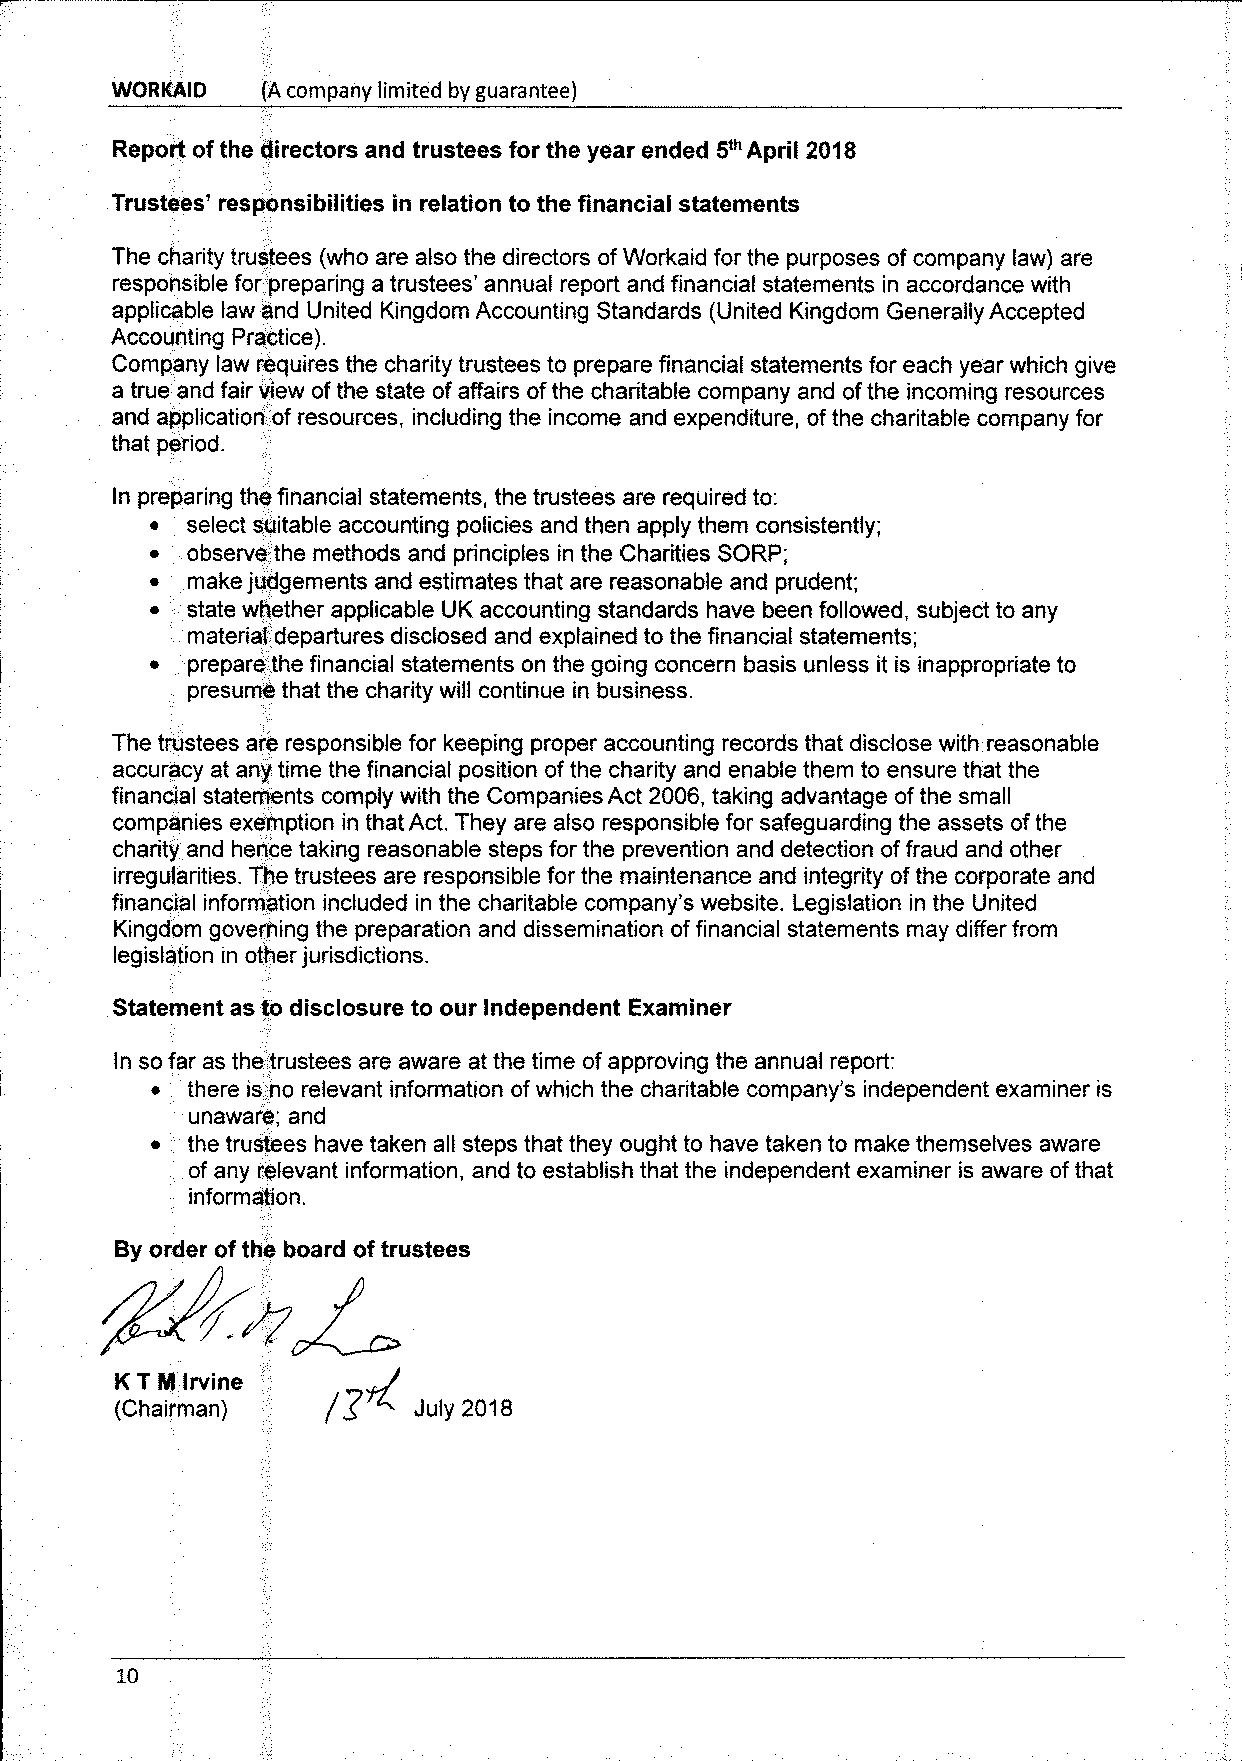
NORKAID   (A company limited by guarantee)
 Report ofthe directors and trustees for the year ended 5'" April 2018
 Trustees' responsibilities in relation to the financial statements
 The charity trustees (who are also the directors ofWorkaid for the purposes ofcompany law) are
 responsible for preparing a trustees' annual report and financial statements in accordance with
 applicable law and United Kingdom Accounting Standards (United Kingdom Generally Accepted
 Accounting Practice).
 Company law requires the charity trustees to prepare financial statements for each year which give
 a true and fair view ofthe state ofaffairs ofthe charitable company and ofthe incoming resources
 and application of resources, including the income and expenditure, ofthe charitable company for
 that period.
 In preparing the financial statements, the trustees are required to:
 select suitable accounting policies and then apply them consistently;
 ~ observe the methods and principles in the Charities SORP;
 make judgements and estimates that are reasonable and prudent;
 ~ state whether applicable UK accounting standards have been followed, subject to any
 material departures disclosed and explained to the financial statements;
 ~ prepare the financial statements on the going concern basis unless it is inappropriate to
 presume that the charity will continue in business.
 The trustees are responsible for keeping proper accounting records that disclose with reasonable
 accuracy at any time the financial position ofthe charity and enable them to ensure that the
 financial statements comply with the Companies Act 2006, taking advantage ofthe small
 companies exemption in that Act. They are also responsible for safeguarding the assets ofthe
 charity and hence taking reasonable steps for the prevention and detection offraud and other
 irregularities. The trustees are responsible for the maintenance and integrity ofthe corporate and
 financial information included in the charitable company's website. Legislation in the United
 Kingdom governing the preparation and dissemination offinancial statements may differ from
 legislation in other jurisdictions.
 Statement as to disclosure to our Independent Examiner
 In so far as the trustees are aware at the time of approving the annual report:
 there is no relevant information ofwhich the charitable company's independent examiner is
 unaware; and
 ~ the trustees have taken all steps that they ought to have taken to make themselves aware
 of any relevant information, and to establish that the independent examiner is aware ofthat
 information.
 By order ofthe board oftrustees
 KT
 NI
 lrvine
 (Chairman)
 10